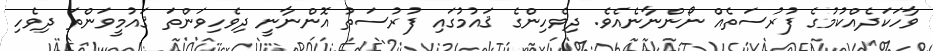
ވާހަކަދެއްކުމުގެ ފުރުސަތެއް ނޯންނާނެއެވެ. ދިވެހިންގެ ޤައުމުގައި ފުރުސަތު އޮންނާނީ ދިވެހިވަންތަ ޤައުމީވަންތަ ދިވެހި